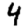
Digit: 4